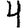
Digit: 4